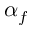
\alpha _ { f }